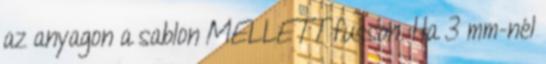
az anyagon a sablon MELLETT fusson. Ha 3 mm-nél